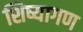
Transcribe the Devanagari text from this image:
शिष्यागण